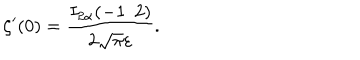
\zeta ^ { \prime } ( 0 ) = \frac { I _ { 2 \alpha } ( - 1 / 2 ) } { 2 \sqrt \pi \varepsilon } { . }